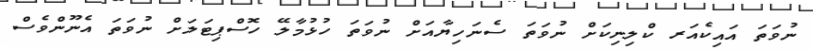
ނުވަތަ އައިކެއަރ ކްލިނިކަށް ނުވަތަ ސެނަހިޔާއަށް ނުވަތަ ހުޅުމާލޭ ހޮސްޕިޓަލަށް ނުވަތަ އެނޫންވެސް